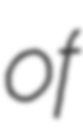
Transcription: of